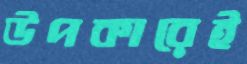
উপকারেই